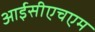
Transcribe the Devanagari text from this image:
आईसीएचएम